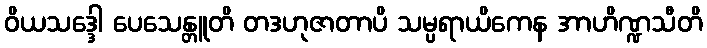
ဝိယသဒ္ဒေါ ပေသေန္တူတိ တဒဟုဇာတာပိ သမ္ပရာယိကေန အာဟိဏ္ဍသီတိ